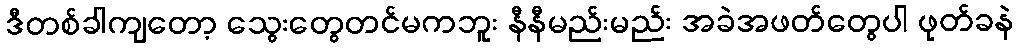
ဒီတစ်ခါကျတော့ သွေးတွေတင်မကဘူး နီနီမည်းမည်း အခဲအဖတ်တွေပါ ဖုတ်ခနဲ